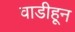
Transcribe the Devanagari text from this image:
वाडीहून